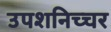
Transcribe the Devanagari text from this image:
उपशनिच्चर